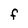
Character: F